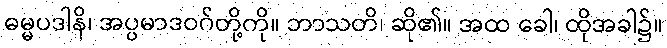
ဓမ္မပဒါနိ၊ အပ္ပမာဒဝဂ်တို့ကို။ ဘာသတိ၊ ဆို၏။ အထ ခေါ၊ ထိုအခါ၌။